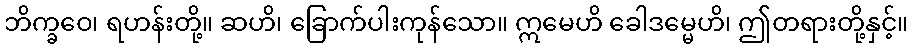
ဘိက္ခဝေ၊ ရဟန်းတို့။ ဆဟိ၊ ခြောက်ပါးကုန်သော။ ဣမေဟိ ခေါဒမ္မေဟိ၊ ဤတရားတို့နှင့်။